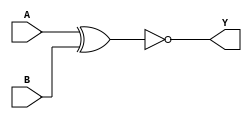
/*
 * Copyright 2020 The SkyWater PDK Authors
 *
 * Licensed under the Apache License, Version 2.0 (the "License");
 * you may not use this file except in compliance with the License.
 * You may obtain a copy of the License at
 *
 *     https://www.apache.org/licenses/LICENSE-2.0
 *
 * Unless required by applicable law or agreed to in writing, software
 * distributed under the License is distributed on an "AS IS" BASIS,
 * WITHOUT WARRANTIES OR CONDITIONS OF ANY KIND, either express or implied.
 * See the License for the specific language governing permissions and
 * limitations under the License.
 *
 * SPDX-License-Identifier: Apache-2.0
*/


`ifndef SKY130_FD_SC_HDLL__XNOR2_FUNCTIONAL_V
`define SKY130_FD_SC_HDLL__XNOR2_FUNCTIONAL_V

/**
 * xnor2: 2-input exclusive NOR.
 *
 *        Y = !(A ^ B)
 *
 * Verilog simulation functional model.
 */

`timescale 1ns / 1ps
`default_nettype none

`celldefine
module sky130_fd_sc_hdll__xnor2 (
    Y,
    A,
    B
);

    // Module ports
    output Y;
    input  A;
    input  B;

    // Local signals
    wire xnor0_out_Y;

    //   Name   Output       Other arguments
    xnor xnor0 (xnor0_out_Y, A, B           );
    buf  buf0  (Y          , xnor0_out_Y    );

endmodule
`endcelldefine

`default_nettype wire
`endif  // SKY130_FD_SC_HDLL__XNOR2_FUNCTIONAL_V